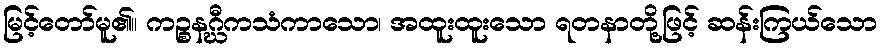
မြင့်တော်မူ၏။ ကဉ္စနဂ္ဃီကသံကာသော၊ အထူးထူးသော ရတနာတို့ဖြင့် ဆန်းကြယ်သော